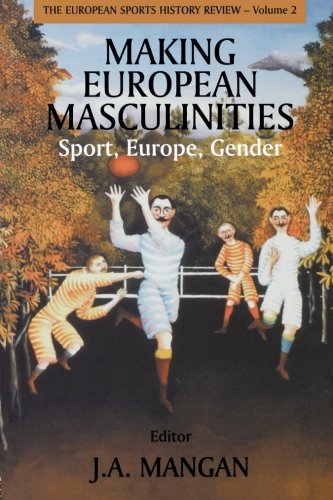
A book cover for Making European Masculinities: Sport, Europe, Gender (Sport in the Global Society); J. A. Mangan; Sports & Outdoors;